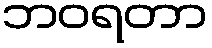
ဘဝရတာ